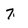
Character: 7